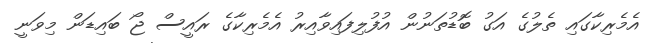
އެމެރިކާގައި ތެލުގެ އަގު ބޮޑުތަނުން އުފުލިފައިވާއިރު އެމެރިކާގެ ރައީސް ޖޯ ބައިޑަން މިވަނީ